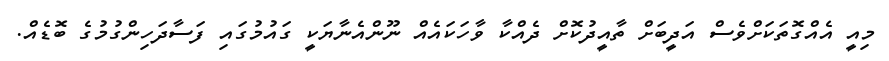
މިއީ އެއްގޮތަކަށްވެސް އަދީބަށް ތާއީދުކޮށް ދެެއްކާ ވާހަކައެއް ނޫންއެނާޔަކީ ގައުމުގައި ފަސާދަހިންގުމުގެ ބޮޑެއް.